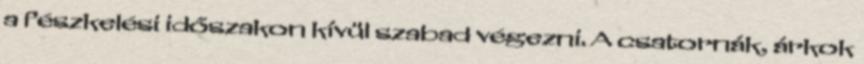
a fészkelési időszakon kívül szabad végezni. A csatornák, árkok